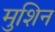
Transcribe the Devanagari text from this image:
मुशिन